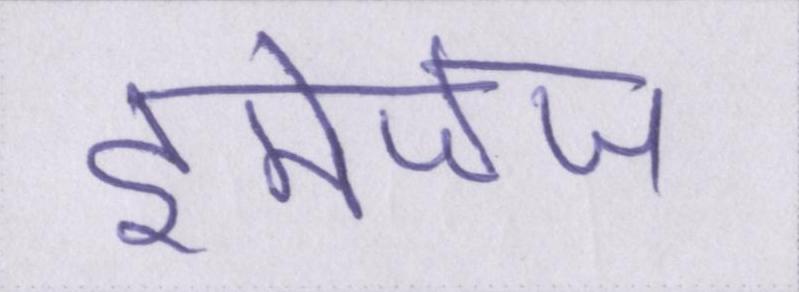
इमेजेज